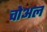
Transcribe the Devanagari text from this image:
चोअल